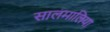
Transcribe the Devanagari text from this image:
सालमालिया